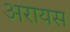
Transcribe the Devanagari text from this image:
अरायस